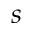
s